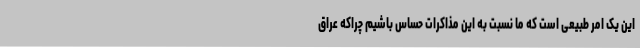
این یک امر طبیعی است که ما نسبت به این مذاکرات حساس باشیم چراکه عراق